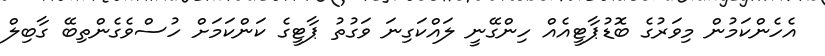
އެހެންކަމުން މިވަރުގެ ބޮޑުޕާޓީއެއް ހިންގޭނީ ލައްކަގިނަ ވަގުތު ޕާޓީގެ ކަންކަމަށް ހުސްވެގެންތިބޭ ގާބިލް